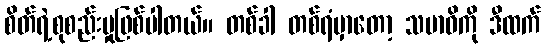
စိတ်ရဲ့စုစည်းမှုဖြစ်ပါတယ်။ တစ်ခါ တစ်ရံမှာတော့ သမာဓိကို ဒီထက်